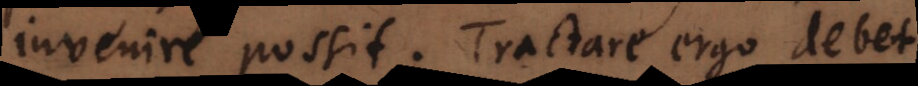
invenire possit. Tractare ergo debet